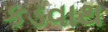
કડવાથ